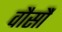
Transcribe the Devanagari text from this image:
वौर्सौ